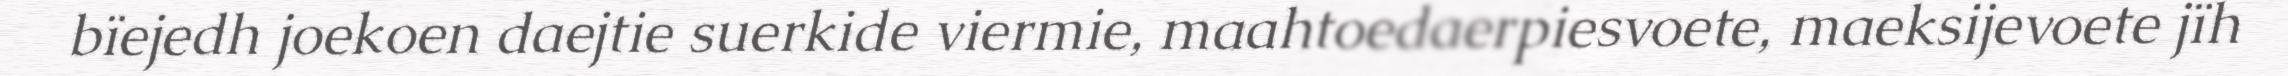
bïejedh joekoen daejtie suerkide viermie, maahtoedaerpiesvoete, maeksijevoete jïh